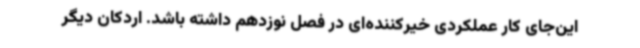
این‌جای کار عملکردی خیرکننده‌ای در فصل نوزدهم داشته باشد. اردکان دیگر